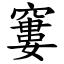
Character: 窶